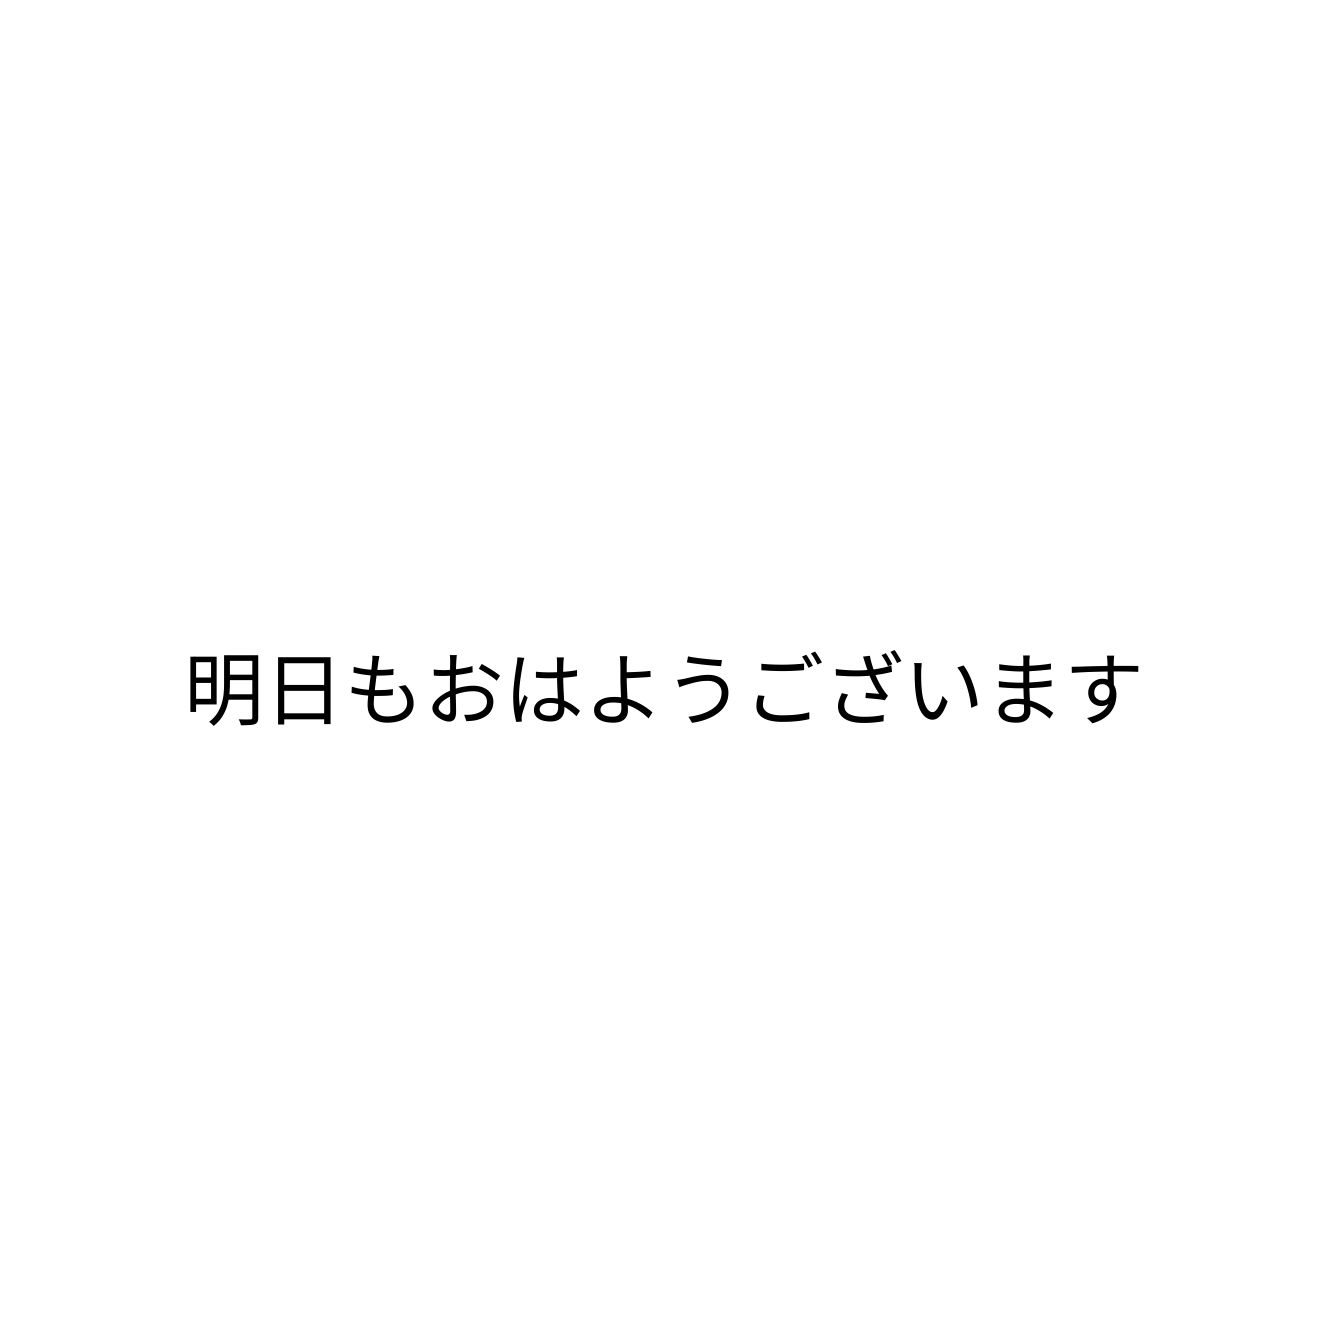
明日もおはようございます